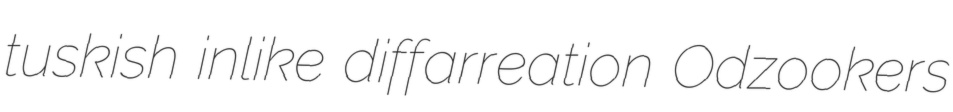
tuskish inlike diffarreation Odzookers